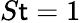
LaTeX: S\mathsf{t}=1